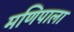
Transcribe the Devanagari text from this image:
मणिपाला